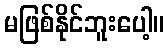
မဖြစ်နိုင်ဘူးပေါ့။